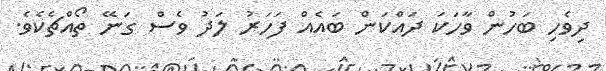
ދިވެހި ބަހުން ވާހަކަ ދައްކަން ބައެއް ފަހަރު ލަދު ވެސް ގަނޭ ތޯއްޗެކެވެ.